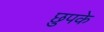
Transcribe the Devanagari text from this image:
छुपके